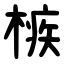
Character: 槉